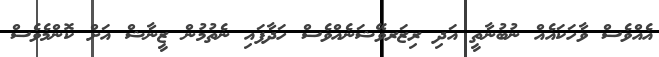
އެއްވެސް ވާހަކައެއް ނުބުނާތީ އަދި ރިޒަރވޭޝަނެއްވެސް ހަދާފައި ނެތުމުން ޒީނާޝް އަށް ކޮންމެވެސް